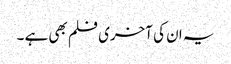
یہ ان کی آخری فلم بھی ہے ۔